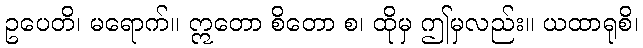
ဥပေတိ၊ မရောက်။ ဣတော စိတော စ၊ ထိုမှ ဤမှလည်း။ ယထာရုစိ၊